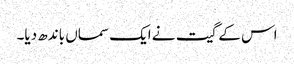
اس کے گیت نے ایک سماں باندھ دیا۔